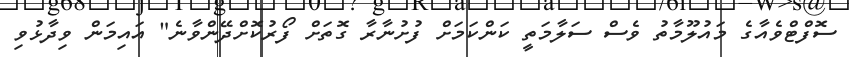
ސޮފްޓްވެއާގެ މައުލޫމާތު ވެސް ސަލާމަތީ ކަންކަމަށް ފުށުނާރާ ގޮތަށް ފޯރުކޮށްދޭންވާނެ" އައިމަން ވިދާޅުވި